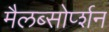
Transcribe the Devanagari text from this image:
मैलब्सोर्प्शन